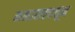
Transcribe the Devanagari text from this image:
मनासलावून